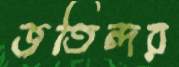
জতিন্দর